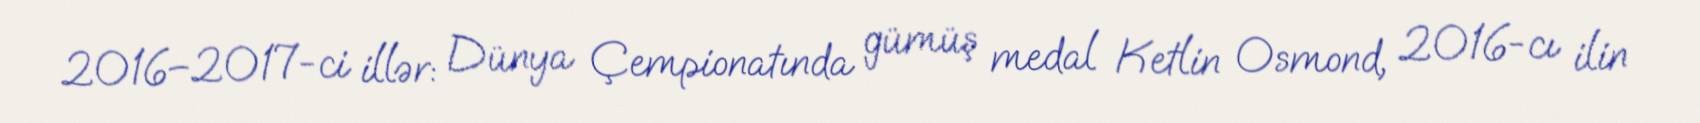
2016–2017-ci illər: Dünya Çempionatında gümüş medal Ketlin Osmond, 2016-cı ilin